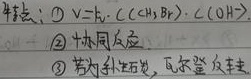
特点：
\textcircled{1} \(v = k\cdot c((CH_{3})_{3}Br)\cdot c(OH^{-})\)
\textcircled{2} 协同反应
\textcircled{3} 若为手性碳，瓦尔登反转